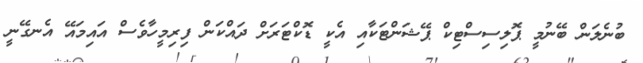
ބުނެލަން ބޭނުމީ ޕޮލިސިސްޓިކް ޕޭޝަންޓަކާއި އެކީ ޑޮކްޓަރަށް ދައްކަން ފިރިމީހާވެސް އައިމައޭ އެނގޭނީ